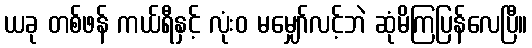
ယခု တစ်ဖန် ကယ်ရီနှင့် လုံးဝ မမျှော်လင့်ဘဲ ဆုံမိကြပြန်လေပြီ။